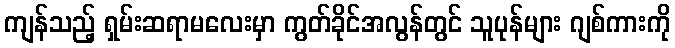
ကျန်သည့် ရှမ်းဆရာမလေးမှာ ကွတ်ခိုင်အလွန်တွင် သူပုန်များ ဂျစ်ကားကို